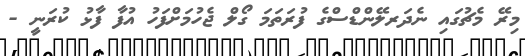
މިރޭ މެޗުގައި ނެދަރލޭންޑްސްގެ ފުރަތަމަ ގޯލް ޖެހުމަށްފަހު އުފާ ފާޅު ކުރަނީ -